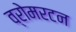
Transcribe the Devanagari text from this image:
व्रोमरटन